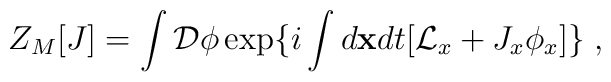
Z_M [J]=\int {\cal D}\phi \exp\{i\int d{\bf x}dt[{\cal L}_x+J_x\phi_x]\}  \;,